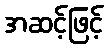
အဆင့်ဖြင့်